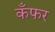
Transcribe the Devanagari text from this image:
कँफर